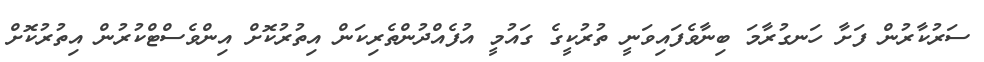
ސަރުކާރުން ފަށާ ހަނގުރާމަ ބިނާވެފައިވަނީ ތުރުކީގެ ގައުމީ އުފެއްދުންތެރިކަން އިތުރުކޮށް އިންވެސްޓްކުރުން އިތުރުކޮށް